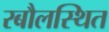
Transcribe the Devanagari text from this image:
रबौलस्थित